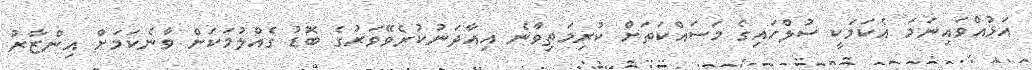
އަޅުއްވައިނަމަ އެކަމަކީ ސުލްހައިގެ މަސައްކަތަށް ކުރިމަތިވާނެ އިއާދަނުކުރެވޭވަރުގެ ބޮޑު ގެއްލުމަކަށް ވާނެކަމަށް އިންޒާރު